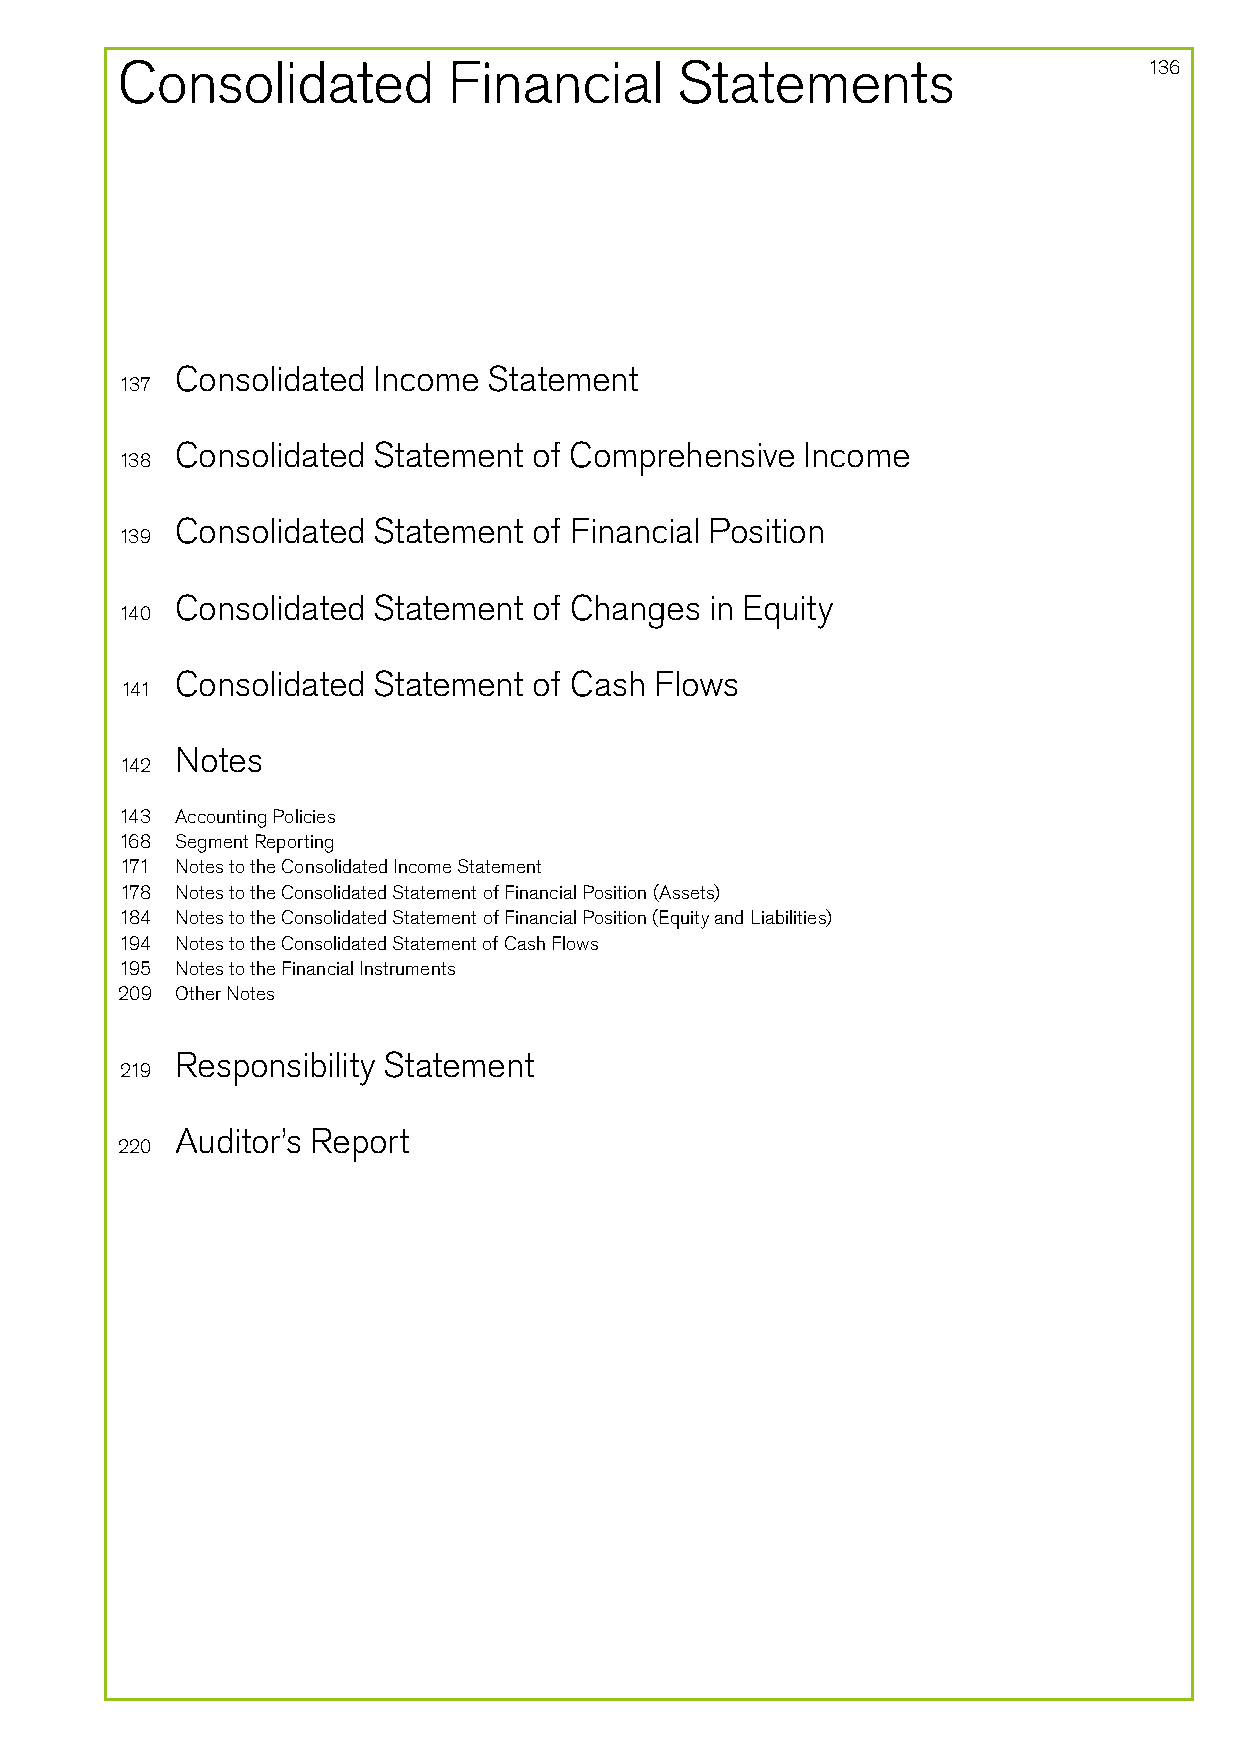
Consolidated          Financial      Statements                     136
 Consolidated Income Statement
 137
 Consolidated Statement of Comprehensive  Income
 138
 Consolidated Statement of Financial Position
 139
 Consolidated Statement of Changes  in Equity
 140
 Consolidated Statement of Cash Flows
 141
 Notes
 142
 143 Accounting Policies
 168 Segment Reporting
 171 Notes to the Consolidated Income Statement
 178 Notes to the Consolidated Statement of Financial Position (Assets)
 184 Notes to the Consolidated Statement of Financial Position (Equity and Liabilities)
 194 Notes to the Consolidated Statement of Cash Flows
 195 Notes to the Financial Instruments
 209 Other Notes
 Responsibility Statement
 219
 Auditor’s Report
 220